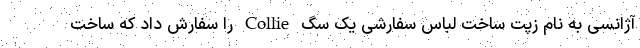
آژانسی به نام زپت ساخت لباس سفارشی یک سگ Collie را سفارش داد که ساخت